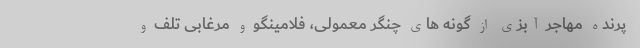
پرنده مهاجر آبزی از گونه های چنگر معمولی، فلامینگو و مرغابی تلف و